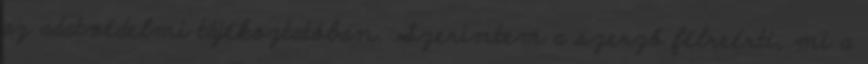
az adatvédelmi tájékoztatóban. Szerintem a szerző félreérti, mi a